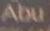
abu